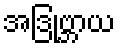
အဒြုဗ္ဘာယ